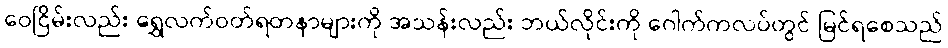
ဝေငြိမ်းလည်း ရွှေလက်ဝတ်ရတနာများကို အသန်းလည်း ဘယ်လိုင်းကို ဂေါက်ကလပ်တွင် မြင်ရစေသည်